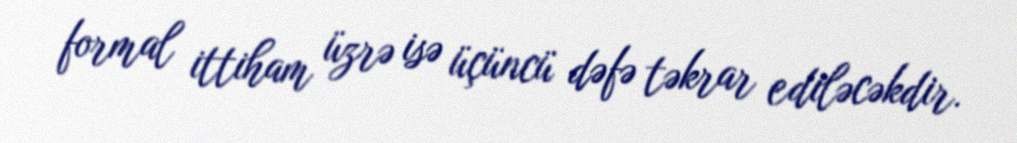
formal ittiham üzrə isə üçüncü dəfə təkrar ediləcəkdir.